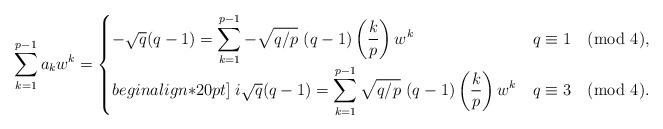
LaTeX: \begin{align*}\sum_{k=1}^{p-1}a_kw^k=\begin{cases}-\sqrt{q}(q-1)=\displaystyle\sum_{k =1}^{p-1}-\sqrt{q/p}\ (q-1)\left(\frac k p\right)w^{k} & q\equiv 1 \pmod 4,\\begin{align*}20pt]\;i\sqrt{q}(q-1)=\displaystyle\sum_{k =1}^{p-1}\sqrt{q/p}\ (q-1)\left(\frac k p\right)w^{k}& q\equiv 3 \pmod 4. \end{cases}\end{align*}